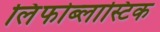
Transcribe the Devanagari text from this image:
लिंफोब्लास्टिक